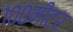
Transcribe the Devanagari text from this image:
१००मीटर